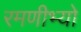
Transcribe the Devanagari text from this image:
रमणीभ्यो